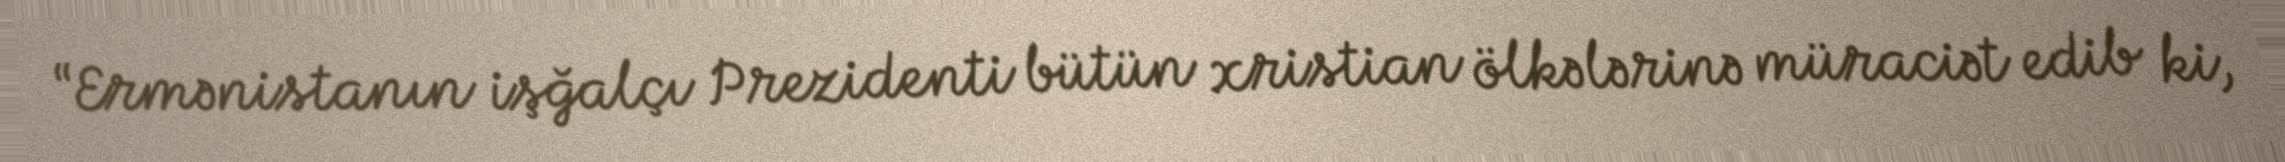
“Ermənistanın işğalçı Prezidenti bütün xristian ölkələrinə müraciət edib ki,